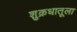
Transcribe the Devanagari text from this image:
शुक्रधातूला